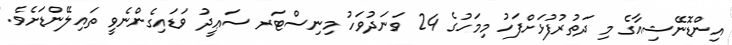
އިންޑޮނޭޝިއާގެ މި ދަތުރުފުޅަށްފަހު މިމަހުގެ 24 ވަނަދުވަހު މިނިސްޓަރ ސަޢީދު ވަޑައިގެންނެވީ ތައިލޭންޑަށެވެ.